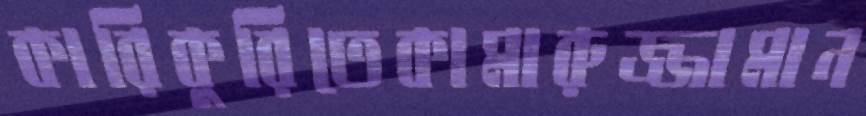
কারিকুরিতেকামারুজ্জামান